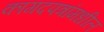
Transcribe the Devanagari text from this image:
कागदपत्रांमधील